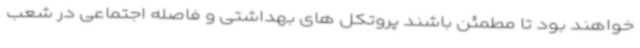
خواهند بود تا مطمئن باشند پروتکل های بهداشتی و فاصله اجتماعی در شعب